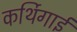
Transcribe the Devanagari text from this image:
कर्थिगाई